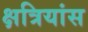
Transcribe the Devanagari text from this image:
क्षत्रियांस